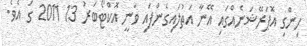
ހިންގި އޮޕަރޭޝަނެއްގައި އޭނާ އަތުލައިގެންފައި ވަނީ އޮކްޓޯބަރު 13 2011 ގަ އެވެ.